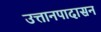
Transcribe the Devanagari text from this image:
उत्तानपादासन